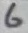
Text: 6